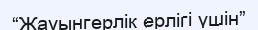
“Жауынгерлік ерлігі үшін”